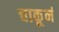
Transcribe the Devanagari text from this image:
चाकूनं